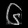
Digit: ၆